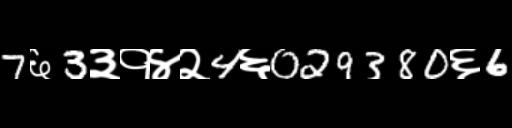
Text: 7६3३१४२4६029380६6